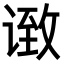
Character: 𫍶